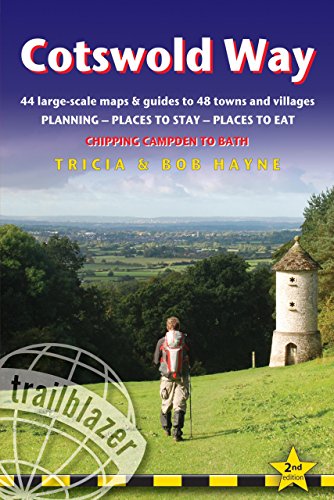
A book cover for Cotswold Way, 2nd: British Walking Guide with 44 large-scale walking maps, places to stay, places to eat (British Walking Guide Cotswold Way Chipping Campden to Bath); Bob Hayne; Travel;